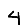
Digit: 4